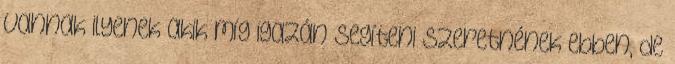
vannak ilyenek akik míg igazán segíteni szeretnének ebben, de